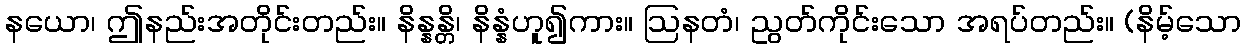
နယော၊ ဤနည်းအတိုင်းတည်း။ နိန္နန္တိ၊ နိန္နံဟူ၍ကား။ ဩနတံ၊ ညွတ်ကိုင်းသော အရပ်တည်း။ (နိမ့်သော